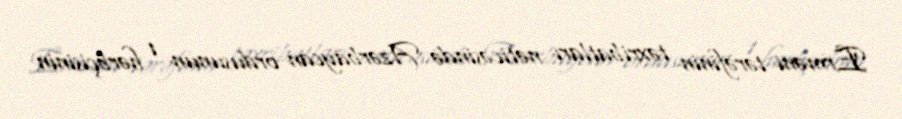
Erməni tərəfinin təxribatları nəticəsində Azərbaycan ordusunun 1 hərbçisinin